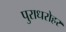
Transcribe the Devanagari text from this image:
पुराधरोहर